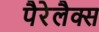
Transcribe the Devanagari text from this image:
पैरेलैक्स